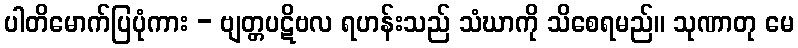
ပါတိမောက်ပြပုံကား - ဗျတ္တပဋိဗလ ရဟန်းသည် သံဃာကို သိစေရမည်။ သုဏာတု မေ